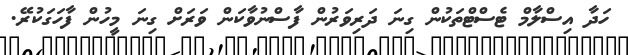
ހަދާ އިސްލާމް ޓެސްޓްތަކުން ގިނަ ދަރިވަރުން ފާސްނުވާކަން ވަރަށް ގިނަ މީހުން ފާހަގަކުރޭ.